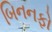
બિનનફો